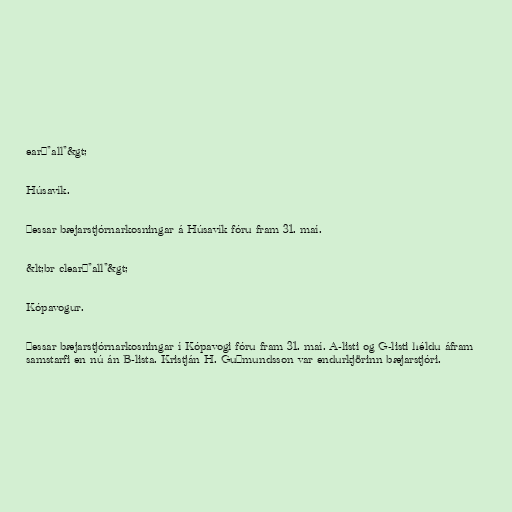
ear="all"&gt;

Húsavík.

Þessar bæjarstjórnarkosningar á Húsavík fóru fram 31. maí.

&lt;br clear="all"&gt;

Kópavogur.

Þessar bæjarstjórnarkosningar í Kópavogi fóru fram 31. maí. A-listi og G-listi héldu áfram
samstarfi en nú án B-lista. Kristján H. Guðmundsson var endurkjörinn bæjarstjóri.